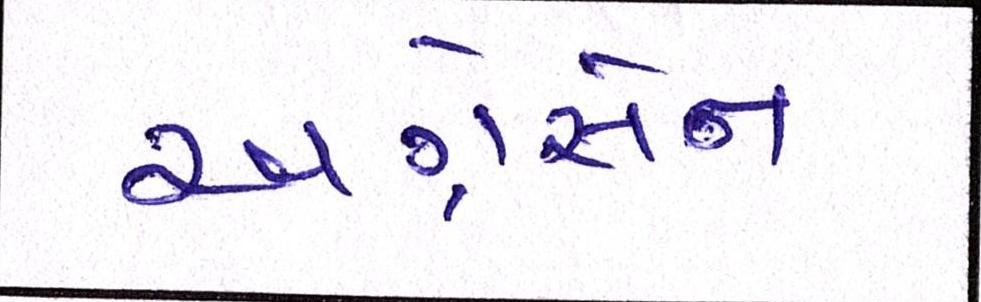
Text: અગ્રેસેન